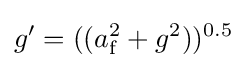
g'=((a_{\text{f}}^{2}+g^{2}))^{0.5}